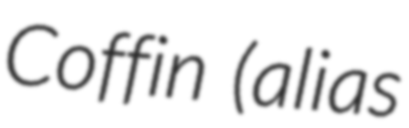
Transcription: Coffin (alias